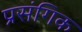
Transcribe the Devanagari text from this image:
प्रसंगिक